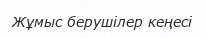
Жұмыс берушілер кеңесі